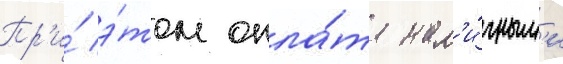
Пр'и́ э́том опла́та нал'и́чным'и